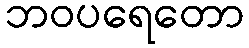
ဘဝပရေတော